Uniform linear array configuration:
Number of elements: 48
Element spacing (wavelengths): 0.75
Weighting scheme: hamming
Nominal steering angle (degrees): -30
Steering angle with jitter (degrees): -28.128
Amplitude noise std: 0.05
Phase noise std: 0.05

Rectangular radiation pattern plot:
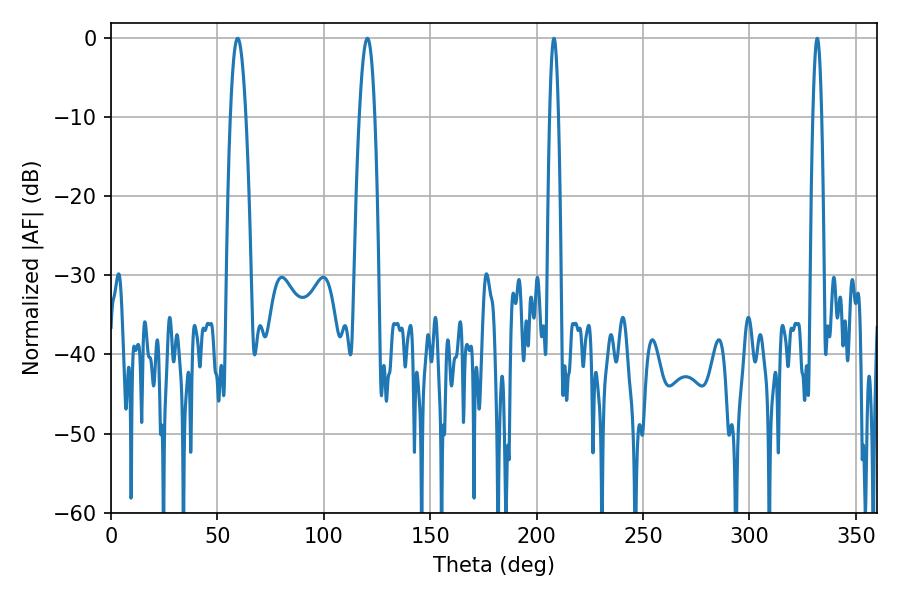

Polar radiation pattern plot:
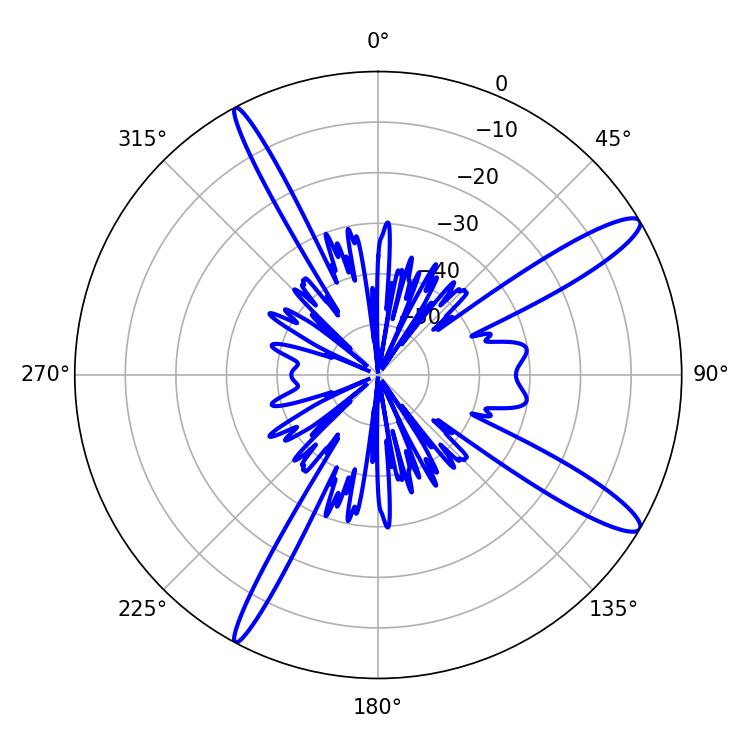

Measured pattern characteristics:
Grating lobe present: TRUE
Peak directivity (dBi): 13.446
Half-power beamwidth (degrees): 3.96
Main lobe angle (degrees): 59.58